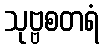
သုဗ္ဗစတရံ